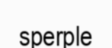
sperple